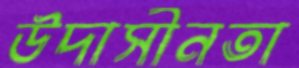
উদাসীনতা